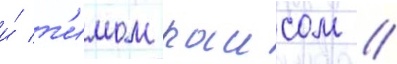
и́ т'имом раисом /